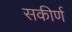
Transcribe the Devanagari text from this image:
सकीर्ण